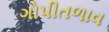
ગોપીતળાવ